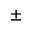
\pm